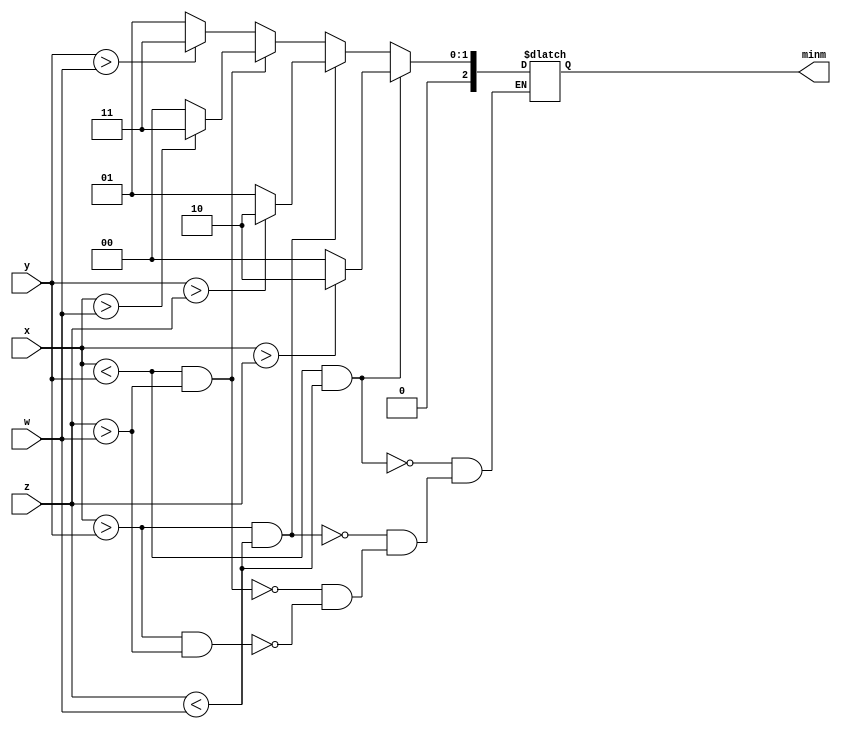
`timescale 1ns / 1ps
//////////////////////////////////////////////////////////////////////////////////
// Company: 
// Engineer: 
// 
// Design Name: 
// Module Name:    min 
// Project Name: 
// Target Devices: 
// Tool versions: 
// Description: 
//
// Dependencies: 
//
// Revision: 
// Revision 0.01 - File Created
// Additional Comments: 
//
//////////////////////////////////////////////////////////////////////////////////
module min(x, y, z, w, minm);
    input [2:0]x;
    input [2:0]y;
    input [2:0]z;
    input [2:0]w;
    
    output [2:0]minm;
    reg [2:0]minm;
    
	 reg [2:0]min1;
	 reg [2:0]min2;
    
    always @(x or y or z or w) begin
        if (x < y && z < w) begin
            if (x > z) begin
                minm <= 2;
            end
            else begin
                minm <= 0;
            end
        end
        else if (x > y && z < w) begin
            if (y > z) begin
                minm <= 2;
            end
            else begin
                minm <= 1;
            end
        end
        else if (x < y && z > w) begin
            if (x>w) begin
                minm <= 3;
            end
            else begin
                minm <= 0;
            end
        end
        else if (x > y && z > w) begin
            if (y>w) begin
                minm <= 3;
            end
            else begin
                minm <= 1;
            end
        end
    end
endmodule